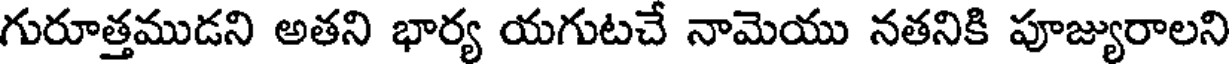
గురూత్తముడని అతని భార్య యగుటచే నామెయు నతనికి పూజ్యురాలని